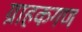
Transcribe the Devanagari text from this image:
ग्राहकगण